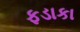
ફડાકા